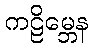
ကဠိမ္ဘေန